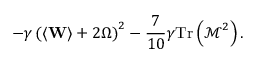
- \gamma \left( \left\langle \mathbf { W } \right\rangle + 2 \boldsymbol { \Omega } \right) ^ { 2 } - \frac { 7 } { 1 0 } \gamma \mathrm { T r } \left( \boldsymbol { \mathcal { M } } ^ { 2 } \right) .